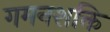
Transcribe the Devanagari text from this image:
गमनशक्ति